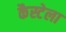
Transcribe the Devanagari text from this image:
कैस्टेला